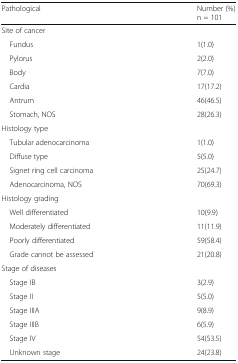
| Pathological | Number (%) n = 101 |
 | --- | --- |
 | <COLSPAN=2> Site of cancer |
 | Fundus | 1(1.0) |
 | Pylorus | 2(2.0) |
 | Body | 7(7.0) |
 | Cardia | 17(17.2) |
 | Antrum | 46(46.5) |
 | Stomach, NOS | 28(26.3) |
 | <COLSPAN=2> Histology type |
 | Tubular adenocarcinoma | 1(1.0) |
 | Diffuse type | 5(5.0) |
 | Signet ring cell carcinoma | 25(24.7) |
 | Adenocarcinoma, NOS | 70(69.3) |
 | <COLSPAN=2> Histology grading |
 | Well differentiated | 10(9.9) |
 | Moderately differentiated | 11(11.9) |
 | Poorly differentiated | 59(58.4) |
 | Grade cannot be assessed | 21(20.8) |
 | <COLSPAN=2> Stage of diseases |
 | Stage IB | 3(2.9) |
 | Stage II | 5(5.0) |
 | Stage IIIA | 9(8.9) |
 | Stage IIIB | 6(5.9) |
 | Stage IV | 54(53.5) |
 | Unknown stage | 24(23.8) |